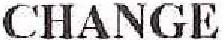
CHANGE